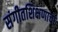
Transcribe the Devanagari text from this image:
संगीतशिक्षणाचा